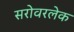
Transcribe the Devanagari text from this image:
सरोवरलेक